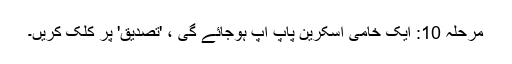
مرحلہ 10: ایک خامی اسکرین پاپ اپ ہوجائے گی ، 'تصدیق' پر کلک کریں۔